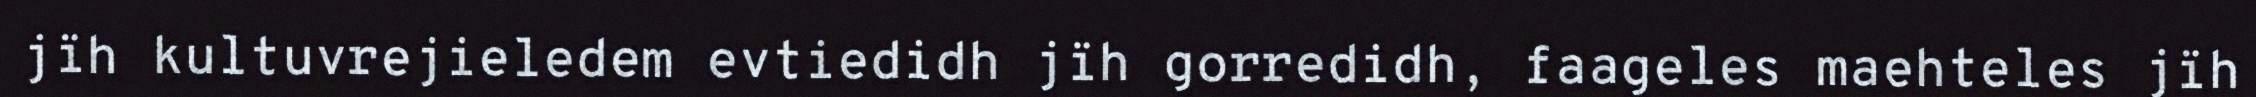
jïh kultuvrejieledem evtiedidh jïh gorredidh, faageles maehteles jïh